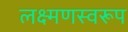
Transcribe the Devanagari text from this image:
लक्ष्मणस्वरूप